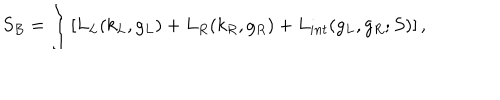
S _ { B } = \int \left[ L _ { L } ( k _ { L } , g _ { L } ) + L _ { R } ( k _ { R } , g _ { R } ) + L _ { i n t } ( g _ { L } , g _ { R } ; S ) \right] ,